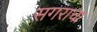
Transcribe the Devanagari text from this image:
सगराचा